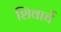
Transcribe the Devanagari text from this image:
शिवार्च